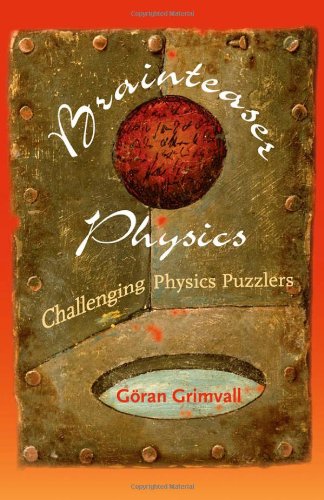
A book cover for Brainteaser Physics: Challenging Physics Puzzlers; GÃ¶ran Grimvall; Science & Math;